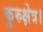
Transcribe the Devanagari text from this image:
कुरुक्षेत्र।